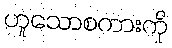
ဟူသောစကားကို